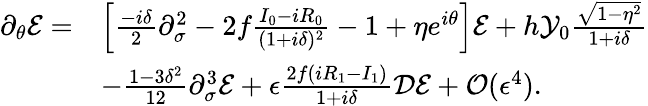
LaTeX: \begin{array}{rl}{\partial_{\theta}\mathcal{E}=}&{\left[\frac{-i\delta}{2}\partial_{\sigma}^{2}-2f\frac{I_{0}-iR_{0}}{(1+i\delta)^{2}}-1+\eta e^{i\theta}\right]\mathcal{E}+h\mathcal{Y}_{0}\frac{\sqrt{1-\eta^{2}}}{1+i\delta}}\\ &{-\frac{1-3\delta^{2}}{12}\partial_{\sigma}^{3}\mathcal{E}+\epsilon\frac{2f(iR_{1}-I_{1})}{1+i\delta}\mathcal{D}\mathcal{E}+\mathcal{O}(\epsilon^{4}).}\end{array}